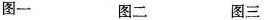
图一 图二 图三